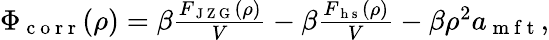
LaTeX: \begin{array}{r}{\Phi_{\mathrm{~c~o~r~r~}}(\rho)=\beta\frac{F_{\mathrm{~J~Z~G~}}(\rho)}{V}-\beta\frac{F_{\mathrm{~h~s~}}(\rho)}{V}-\beta\rho^{2}a_{\mathrm{~m~f~t~}},}\end{array}